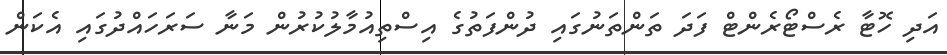
އަދި ހޮޓާ ރެސްޓޯރެންޓް ފަދަ ތަންތަނުގައި ދުންފަތުގެ އިސްތިއުމާލުކުރުން މަނާ ސަރަހައްދުގައި އެކަން